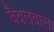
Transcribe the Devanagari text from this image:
बैवलवाला